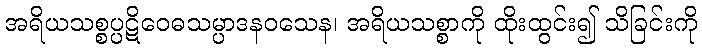
အရိယသစ္စပ္ပဋိဝေဓသမ္ပာဒနဝသေန၊ အရိယသစ္စာကို ထိုးထွင်း၍ သိခြင်းကို